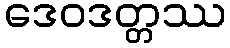
ဒေဝဒတ္တဿ